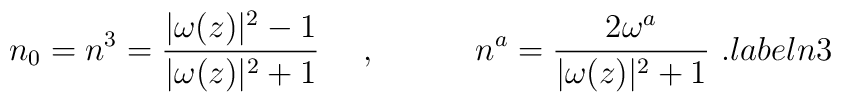
n_0= n^3 = {|\omega(z)|^2 -1 \over |\omega(z)|^2 +1}\ \ \ \ ,\qquad \ \ \  n^a={2\omega^a \over |\omega(z)|^2 +1}\ .\ \